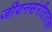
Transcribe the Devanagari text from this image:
जीवनसंगीतातला